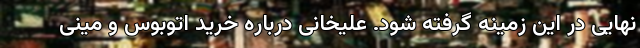
نهایی در این زمینه گرفته شود. علیخانی درباره خرید اتوبوس‌ و مینی